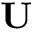
\textbf { U }